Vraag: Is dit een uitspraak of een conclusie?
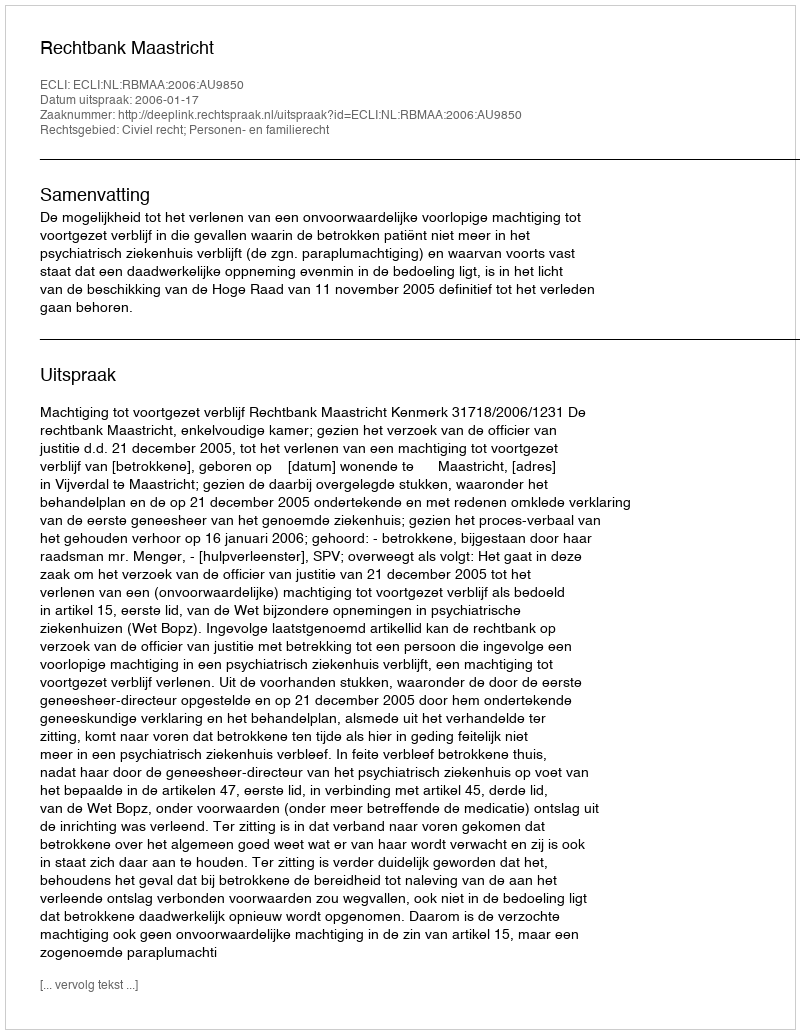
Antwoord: Uitspraak